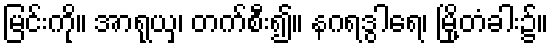
မြင်းကို။ အာရုယှ၊ တက်စီး၍။ နဂရဒွါရေ၊ မြို့တံခါး၌။